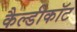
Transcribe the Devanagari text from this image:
कैल्डीकॉट